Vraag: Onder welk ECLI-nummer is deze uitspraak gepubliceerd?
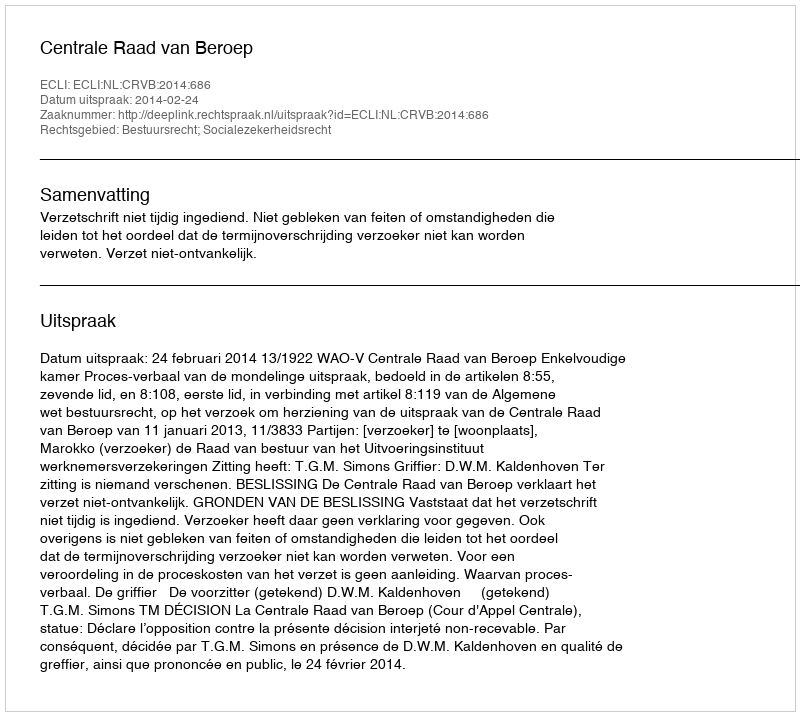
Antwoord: ECLI:NL:CRVB:2014:686